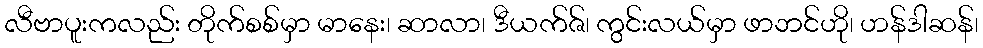
လီဗာပူးကလည်း တိုက်စစ်မှာ မာနေး၊ ဆာလာ၊ ဒီယက်ဇ်၊ ကွင်းလယ်မှာ ဖာဘင်ဟို၊ ဟန်ဒါဆန်၊